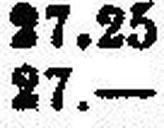
27.—